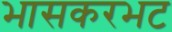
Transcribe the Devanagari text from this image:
भासकरभट